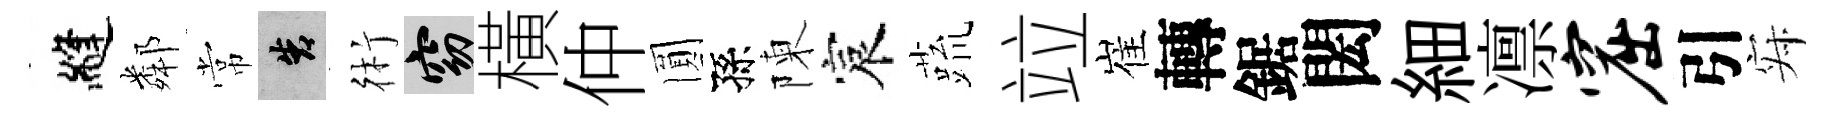
縫鄰常告術窈橫仲圎孫陳宸蔬竝崔轉鋸閎細凛窟引寂